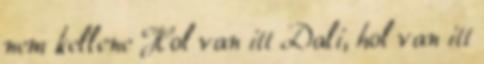
nem kellene Hol van itt Dali, hol van itt